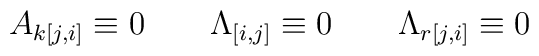
A_{k[j,i]}\equiv 0\qquad \Lambda _{[i,j]}\equiv 0\qquad \Lambda_{r[j,i]}\equiv 0